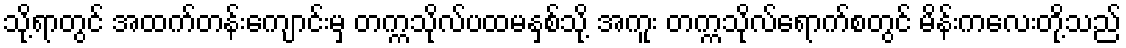
သို့ရာတွင် အထက်တန်းကျောင်းမှ တက္ကသိုလ်ပထမနှစ်သို့ အကူး တက္ကသိုလ်ရောက်စတွင် မိန်းကလေးတို့သည်